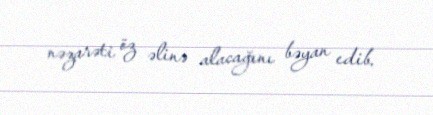
nəzarəti öz əlinə alacağını bəyan edib.